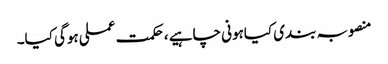
منصوبہ بندی کیاہونی چاہیے ،حکمت عملی ہوگی کیا۔